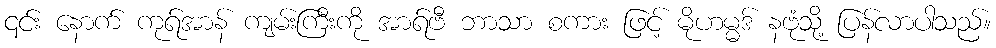
၎င်း နောက် ကုရ်အာန် ကျမ်းကြီးကို အာရ်ဗီ ဘာသာ စကား ဖြင့် မိုဟမ္မဒ် နဗုံသို့ ပြန်လာပါသည်။